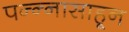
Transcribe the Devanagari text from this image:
पन्‍न्‍नासाहून